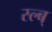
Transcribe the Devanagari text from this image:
स्ल्ब्